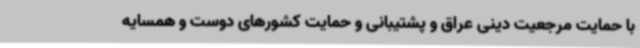
با حمایت مرجعیت دینی عراق و پشتیبانی و حمایت کشورهای دوست و همسایه